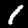
Label: 1